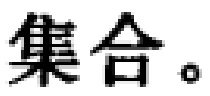
集合。